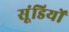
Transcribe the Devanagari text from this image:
सूंडियों